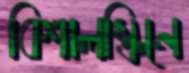
বিশালস্ক্রিনে